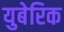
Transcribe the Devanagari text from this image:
युबेरिक